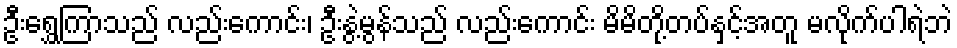
ဦးရွှေကြာသည် လည်းကောင်း၊ ဦးနွဲ့မွန်သည် လည်းကောင်း မိမိတို့တပ်နှင့်အတူ မလိုက်ပါရဲဘဲ